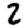
Digit: 2